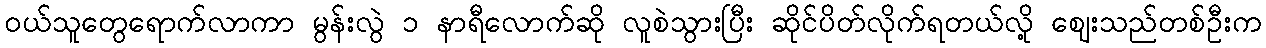
ဝယ်သူတွေရောက်လာကာ မွန်းလွဲ ၁ နာရီလောက်ဆို လူစဲသွားပြီး ဆိုင်ပိတ်လိုက်ရတယ်လို့ ဈေးသည်တစ်ဦးက